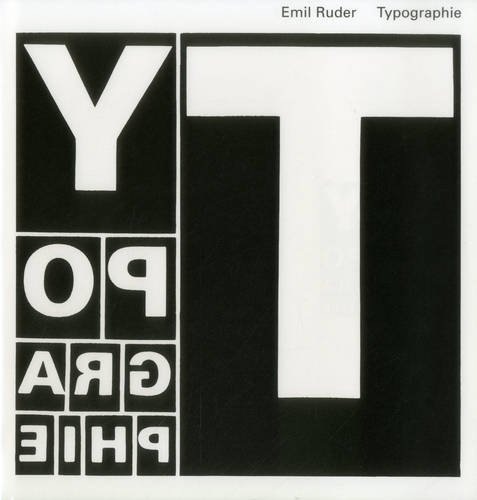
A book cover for Typographie: A Manual of Design; Emil Ruder; Arts & Photography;